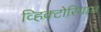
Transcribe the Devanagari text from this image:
व्हिक्टोरियाज